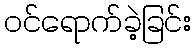
ဝင်ရောက်ခဲ့ခြင်း